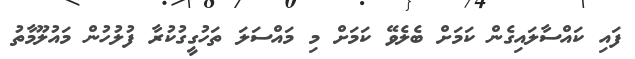
ފައި ކައްސާލައިގެން ކަމަށް ބެލެވޭ ކަމަށް މި މައްސަލަ ތަހުގީގުކުރާ ފުލުހުން މައުލޫމާތު